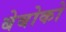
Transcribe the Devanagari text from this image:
बेबोको